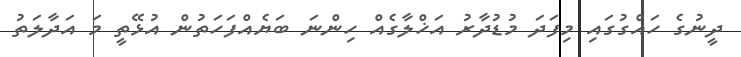
ދީނުގެ ހައްގުގައި މިފަދަ މުޑުދާރު އަޚްލާގެއް ހިންނަ ބަޔެއްފަހަތުން އުޅޭތީ މަ އަދާލަތު